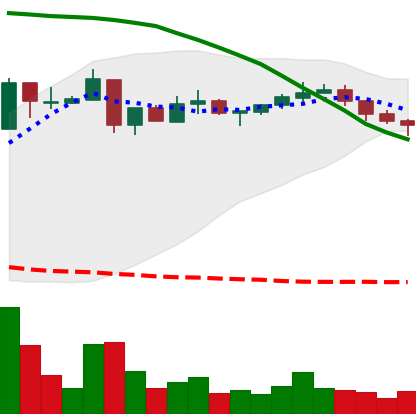
Ticker: XRP-USD
Chart end date: 2018-05-09
Forward return: -7.624%
Label: down_7plus